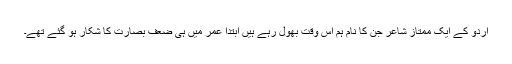
اردو کے ایک ممتاز شاعر جن کا نام ہم اس وقت بھول رہے ہیں ابتدا عمر میں ہی ضعف بصارت کا شکار ہو گئے تھے۔